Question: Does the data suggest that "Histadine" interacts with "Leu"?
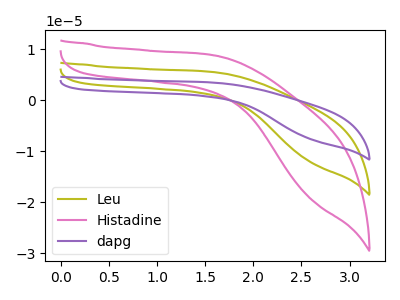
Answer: <think>The olive curve "Leu" has no peaks. The pink curve "Histadine" has no peaks. The purple curve "dapg" has no peaks.
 Neither "Histadine" or "Leu" have any peaks.</think>
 <answer>No, "Histadine" and "Leu" don't appear to be significantly different in shape</answer>
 <eval>no_change</eval>